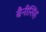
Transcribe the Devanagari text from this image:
बैनीसिंह